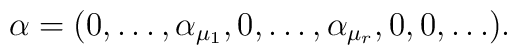
\alpha=(0,\ldots,\alpha_{\mu_1},0,\ldots,\alpha_{\mu_r},0,0,\ldots).